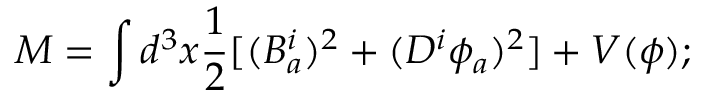
M = \int d ^ { 3 } x \frac { 1 } { 2 } [ ( B _ { a } ^ { i } ) ^ { 2 } + ( D ^ { i } \phi _ { a } ) ^ { 2 } ] + V ( \phi ) ;